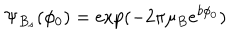
\Psi _ { B _ { s } } ( \phi _ { 0 } ) = \exp ( - 2 \pi \mu _ { B } e ^ { b \phi _ { 0 } } )